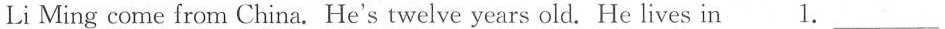
Li Ming come from China. He's twelve years old. He lives in 1.___